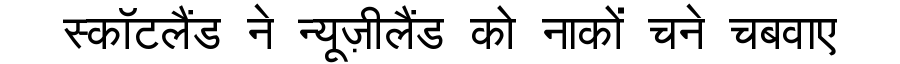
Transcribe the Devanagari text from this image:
स्कॉटलैंड ने न्यूज़ीलैंड को नाकों चने चबवाए